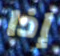
إذا